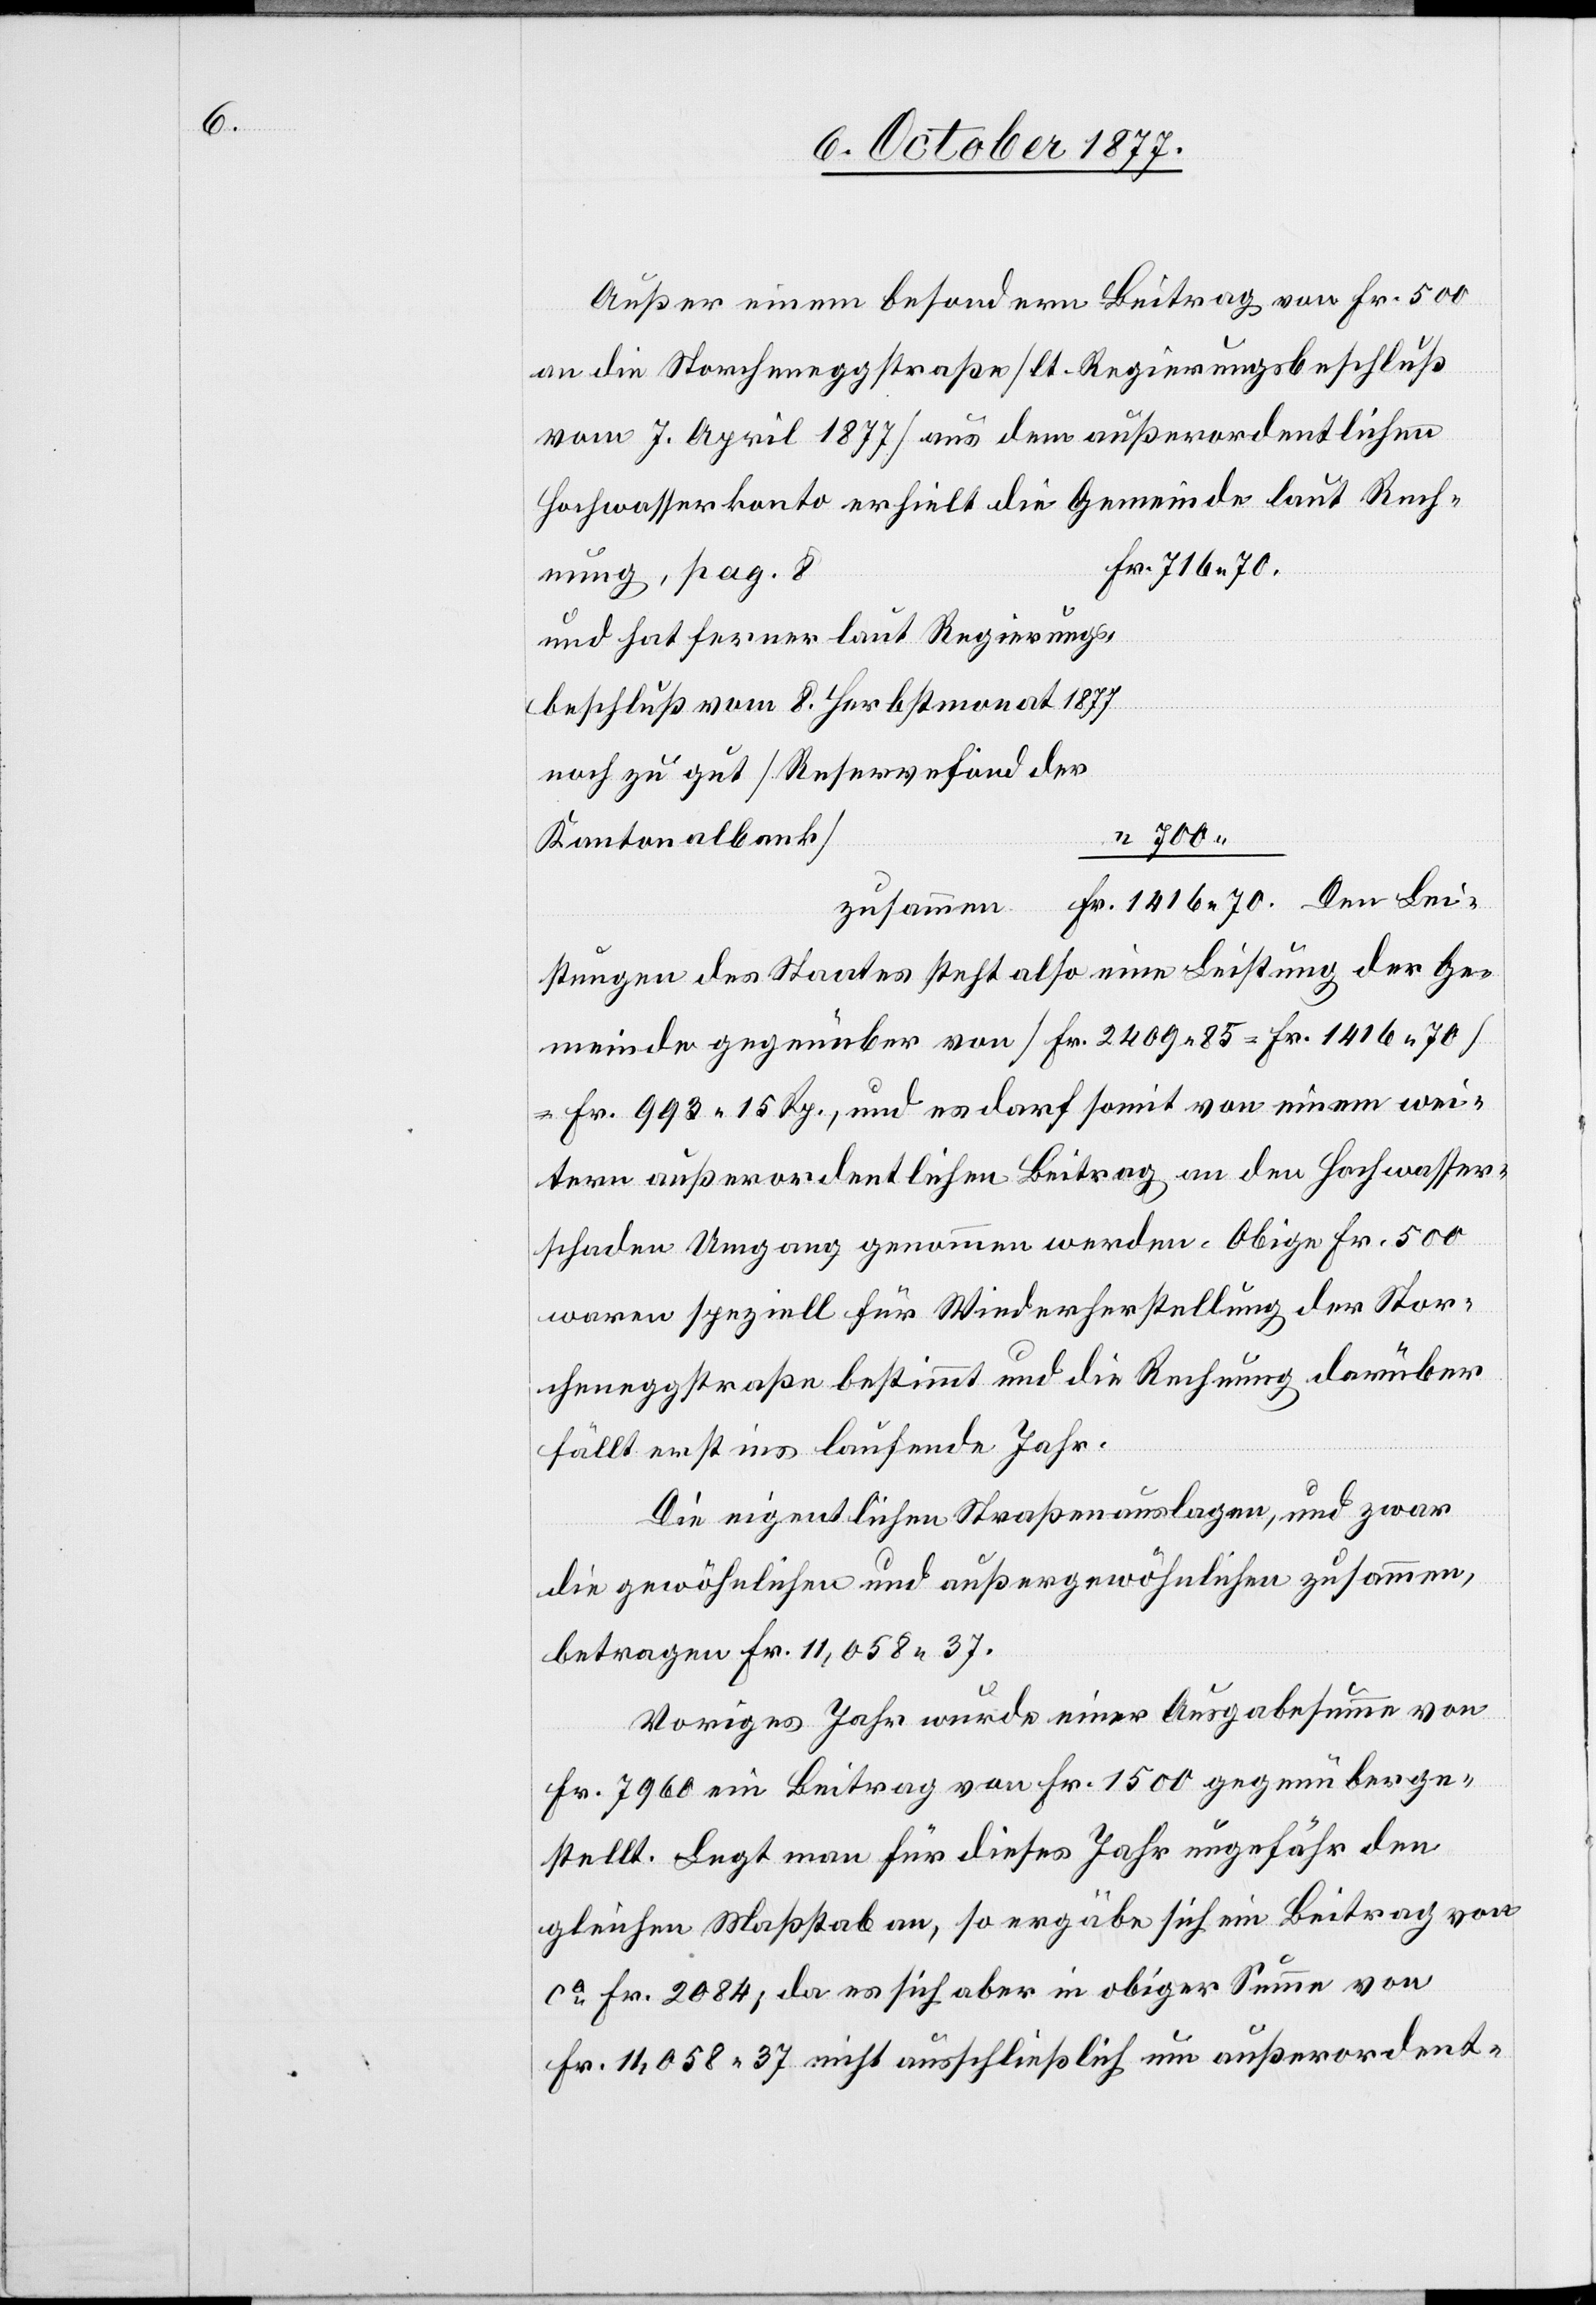
Außer einem besondern Beitrag von Fr. 500
an die Storcheneggstraße [lt. Regierungsbeschluß
vom 7. April 1877] aus dem außerordentlichen
Fr. 1416 70.
Rechnung, pag. 8
und hat ferner laut Regierungs¬
beschluß vom 8. Herbstmonat 1877
noch zu gut [Reservefond der
“ 700
Kantonalbank]
Gemeinde gegenüber von [Fr. 2409 85 = Fr. 1416 70]
= Fr. 993 15 Rp., und es darf somit von einem wei¬
tern außerordentlichen Beitrag an den Hochwasser¬
schaden Umgang genommen werden. Obige Fr. 500
waren speziell für Wiederherstellung der Stor¬
cheneggstraße bestimmt und die Rechnung darüber
fällt erst ins laufende Jahr.
Die eigentlichen Straßenauslagen, und zwar
die gewöhnlichen und außergewöhnlichen zusammen,
betragen Fr. 11,058 37.
Voriges Jahr wurde einer Ausgabesumme von
Fr. 7960 ein Beitrag von Fr. 1500 gegenüberge¬
stellt. Legt man für dieses Jahr ungefähr den
gleichen Maßstab an, so ergäbe sich ein Beitrag von
ca Fr. 2084; da es sich aber in obiger Summe von
Fr. 11,058 37 nicht ausschließlich um außerordent-